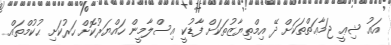
އައު ޝިޢީ ޖަމާޢަތްތަކަށް ދޭ އިމްތިޔާޒުތަކަށް ފާޑުކީ އިސްލާމީން ހައްޔަރުކޮށް ހަރުކަށި ޙުކުމްތައް